65_HS1-834228961_62-HQ-83894_Section_2
Agency: FBI
Page 114
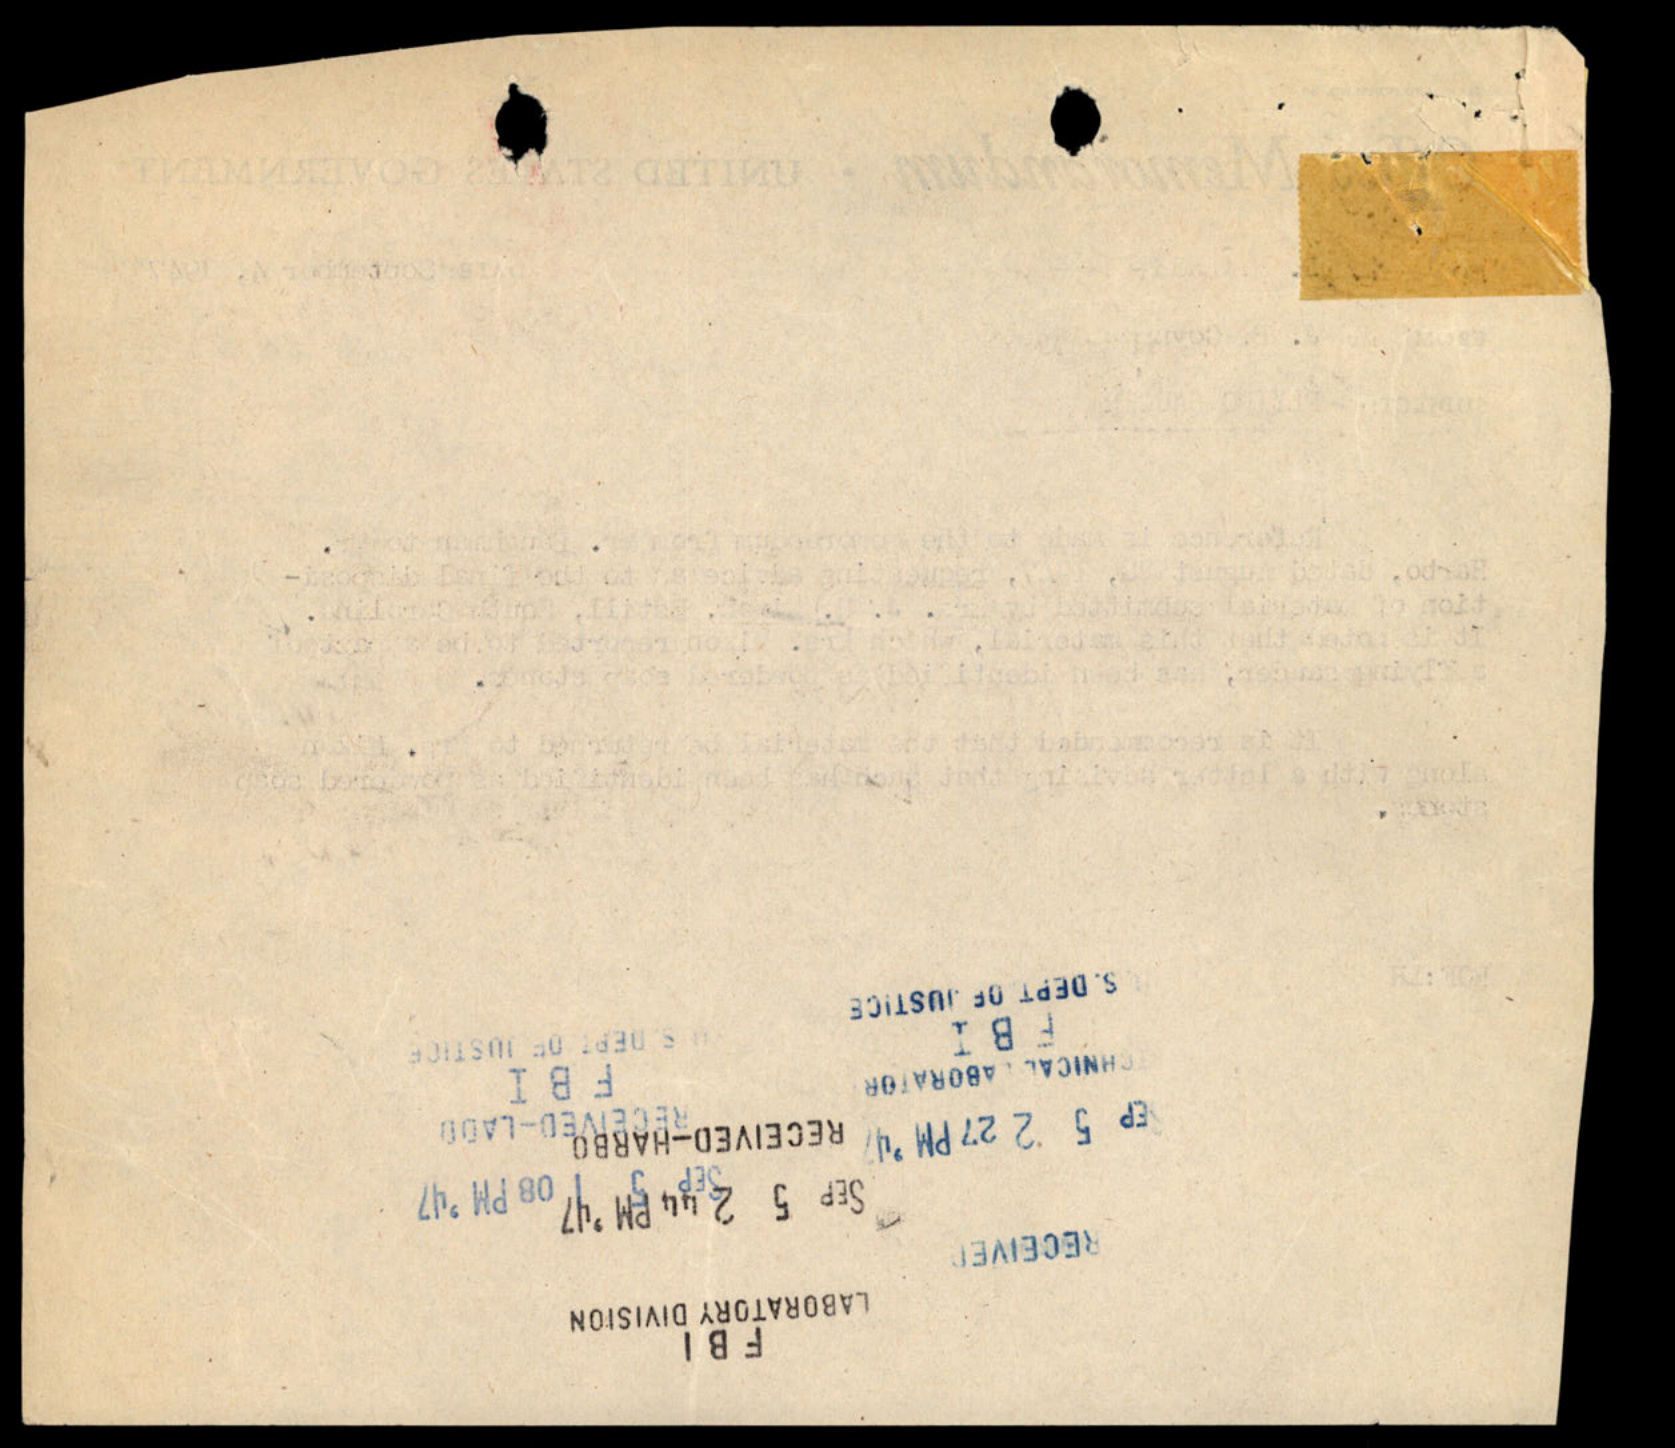